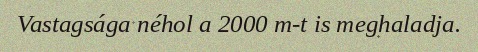
Vastagsága néhol a 2000 m-t is meghaladja.